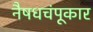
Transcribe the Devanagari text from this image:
नैषधचंपूकार